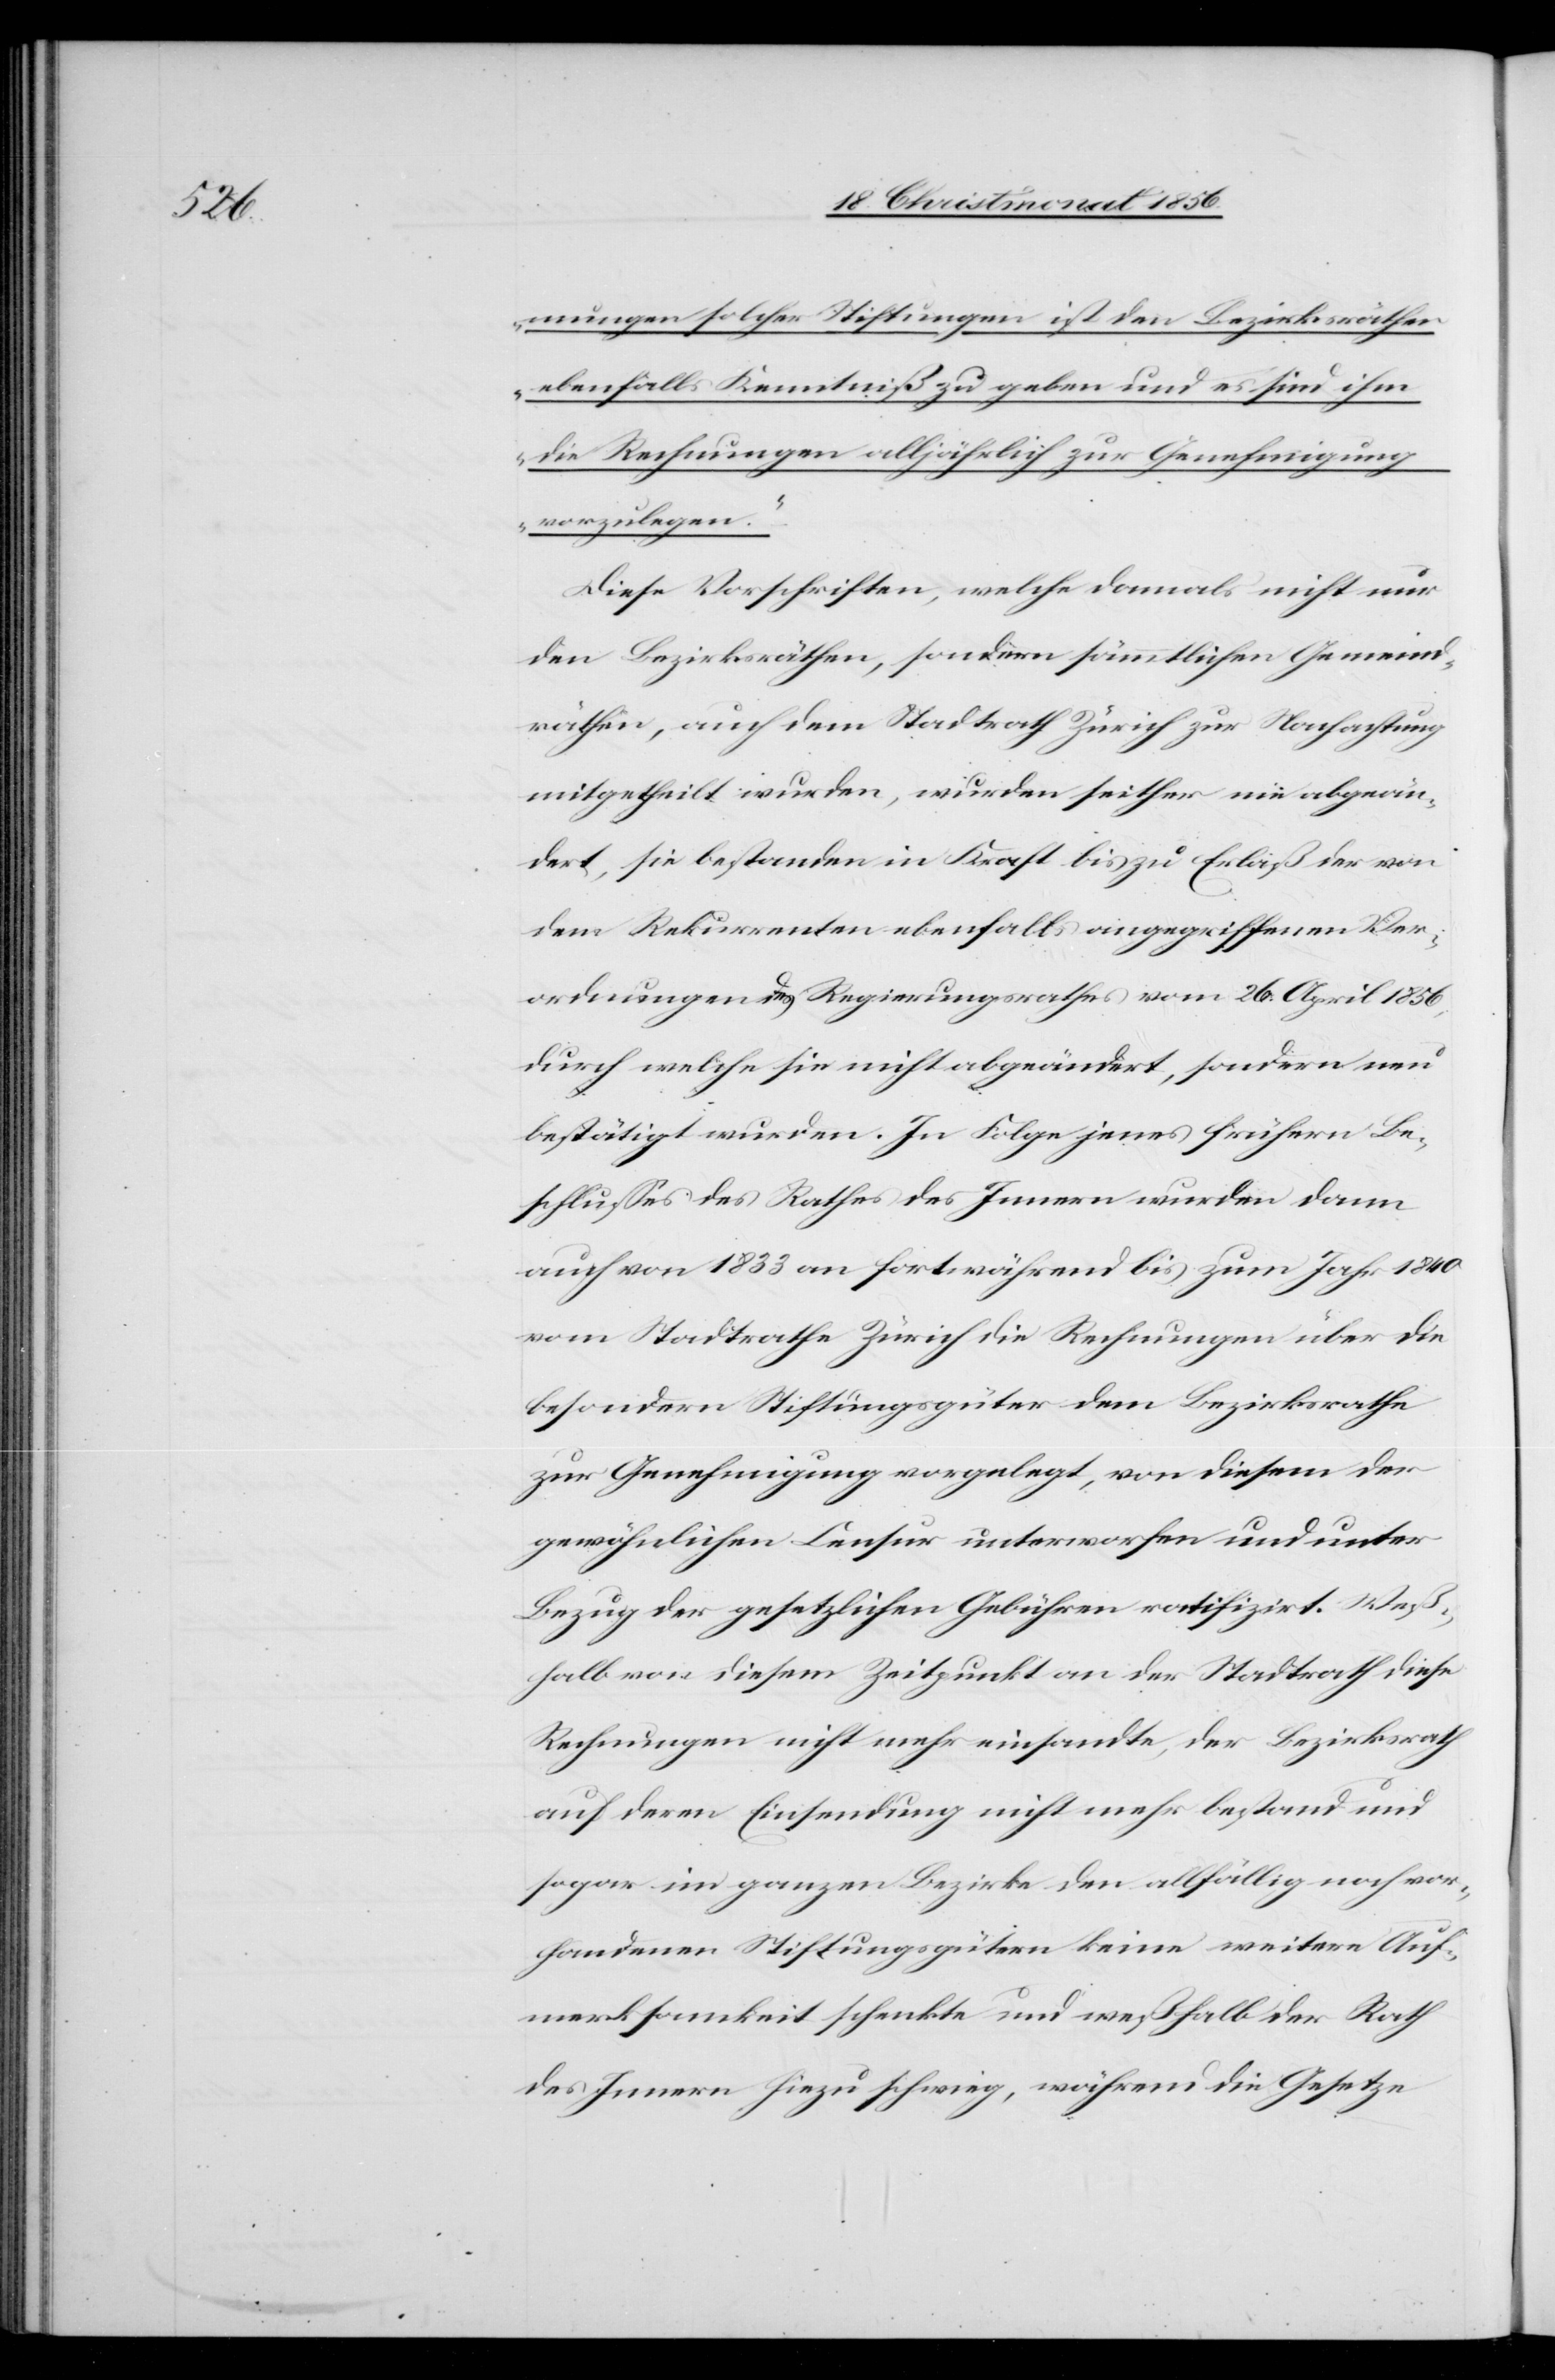
mungen solcher Stiftungen ist den Bezirksräthen
ebenfalls Kenntniß zu geben und es sind ihm
die Rechnungen alljährlich zur Genehmigung
vorzulegen.“
Diese Vorschriften, welche damals nicht nur
den Bezirksräthen, sondern sämmtlichen Gemeind¬
räthen, auch dem Stadtrath Zürich zur Nachachtung
mitgetheilt wurden, wurden seither nie abgeän¬
dert, sie bestanden in Kraft bis zu Erlaß der von
dem Rekurrenten ebenfalls angegriffenen Ver¬
ordnungen des Regierungsrathes vom 26. April 1856,
durch welche sie nicht abgeändert, sondern neu
bestätigt wurden. In Folge jenes frühern Be¬
schlusses des Rathes des Innern wurden dann
auch von 1833 an fortwährend bis zum Jahr 1840
vom Stadtrathe Zürich die Rechnungen über die
besondern Stiftungsgüter dem Bezirksrathe
zur Genehmigung vorgelegt, von diesem der
gewöhnlichen Censur unterworfen und unter
Bezug der gesetzlichen Gebühren ratifizirt. Weß¬
halb von diesem Zeitpunkt an der Stadtrath diese
Rechnungen nicht mehr einsandte, der Bezirksrath
auf deren Einsendung nicht mehr bestand und
sogar im ganzen Bezirke den allfällig noch vor¬
handenen Stiftungsgütern keine weitere Auf¬
merksamkeit schenkte und weßhalb der Rath
des Innern hiezu schwieg, während die Gesetze